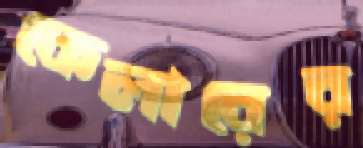
কেলারের